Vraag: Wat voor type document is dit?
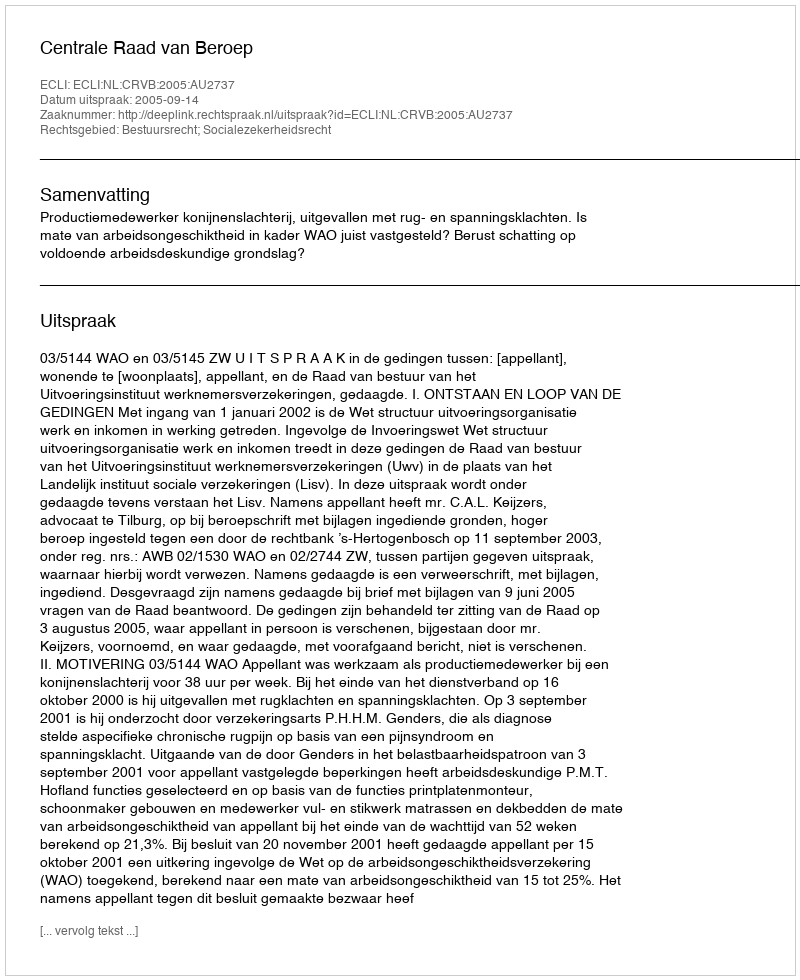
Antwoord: Uitspraak